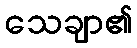
သေချာ၏